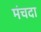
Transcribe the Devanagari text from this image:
मंचदा